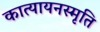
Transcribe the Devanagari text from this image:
कात्यायनस्मृति